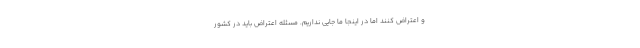
و اعتراض کنند اما در اینجا ما جایی نداریم. مسئله اعتراض باید در کشور